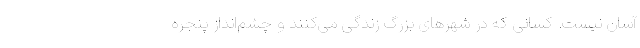
آسان نیست. کسانی که در شهرهای بزرگ زندگی می‌کنند و چشم‌انداز پنجره